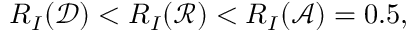
R _ { I } ( { \mathcal { D } } ) < R _ { I } ( { \mathcal { R } } ) < R _ { I } ( { \mathcal { A } } ) = 0 . 5 ,